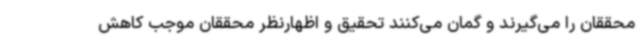
محققان را می‌گیرند و گمان می‌کنند تحقیق و اظهارنظر محققان موجب کاهش